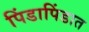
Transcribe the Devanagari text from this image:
पिंडापिंडात